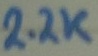
Text: 2.2K